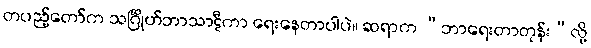
တပည့်တော်က သင်္ဂြိုဟ်ဘာသာဋီကာ ရေးနေတာပါပဲ။ ဆရာက “ဘာရေးတာတုန်း”လို့